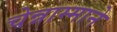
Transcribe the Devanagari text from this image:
चेन्नाम्माने